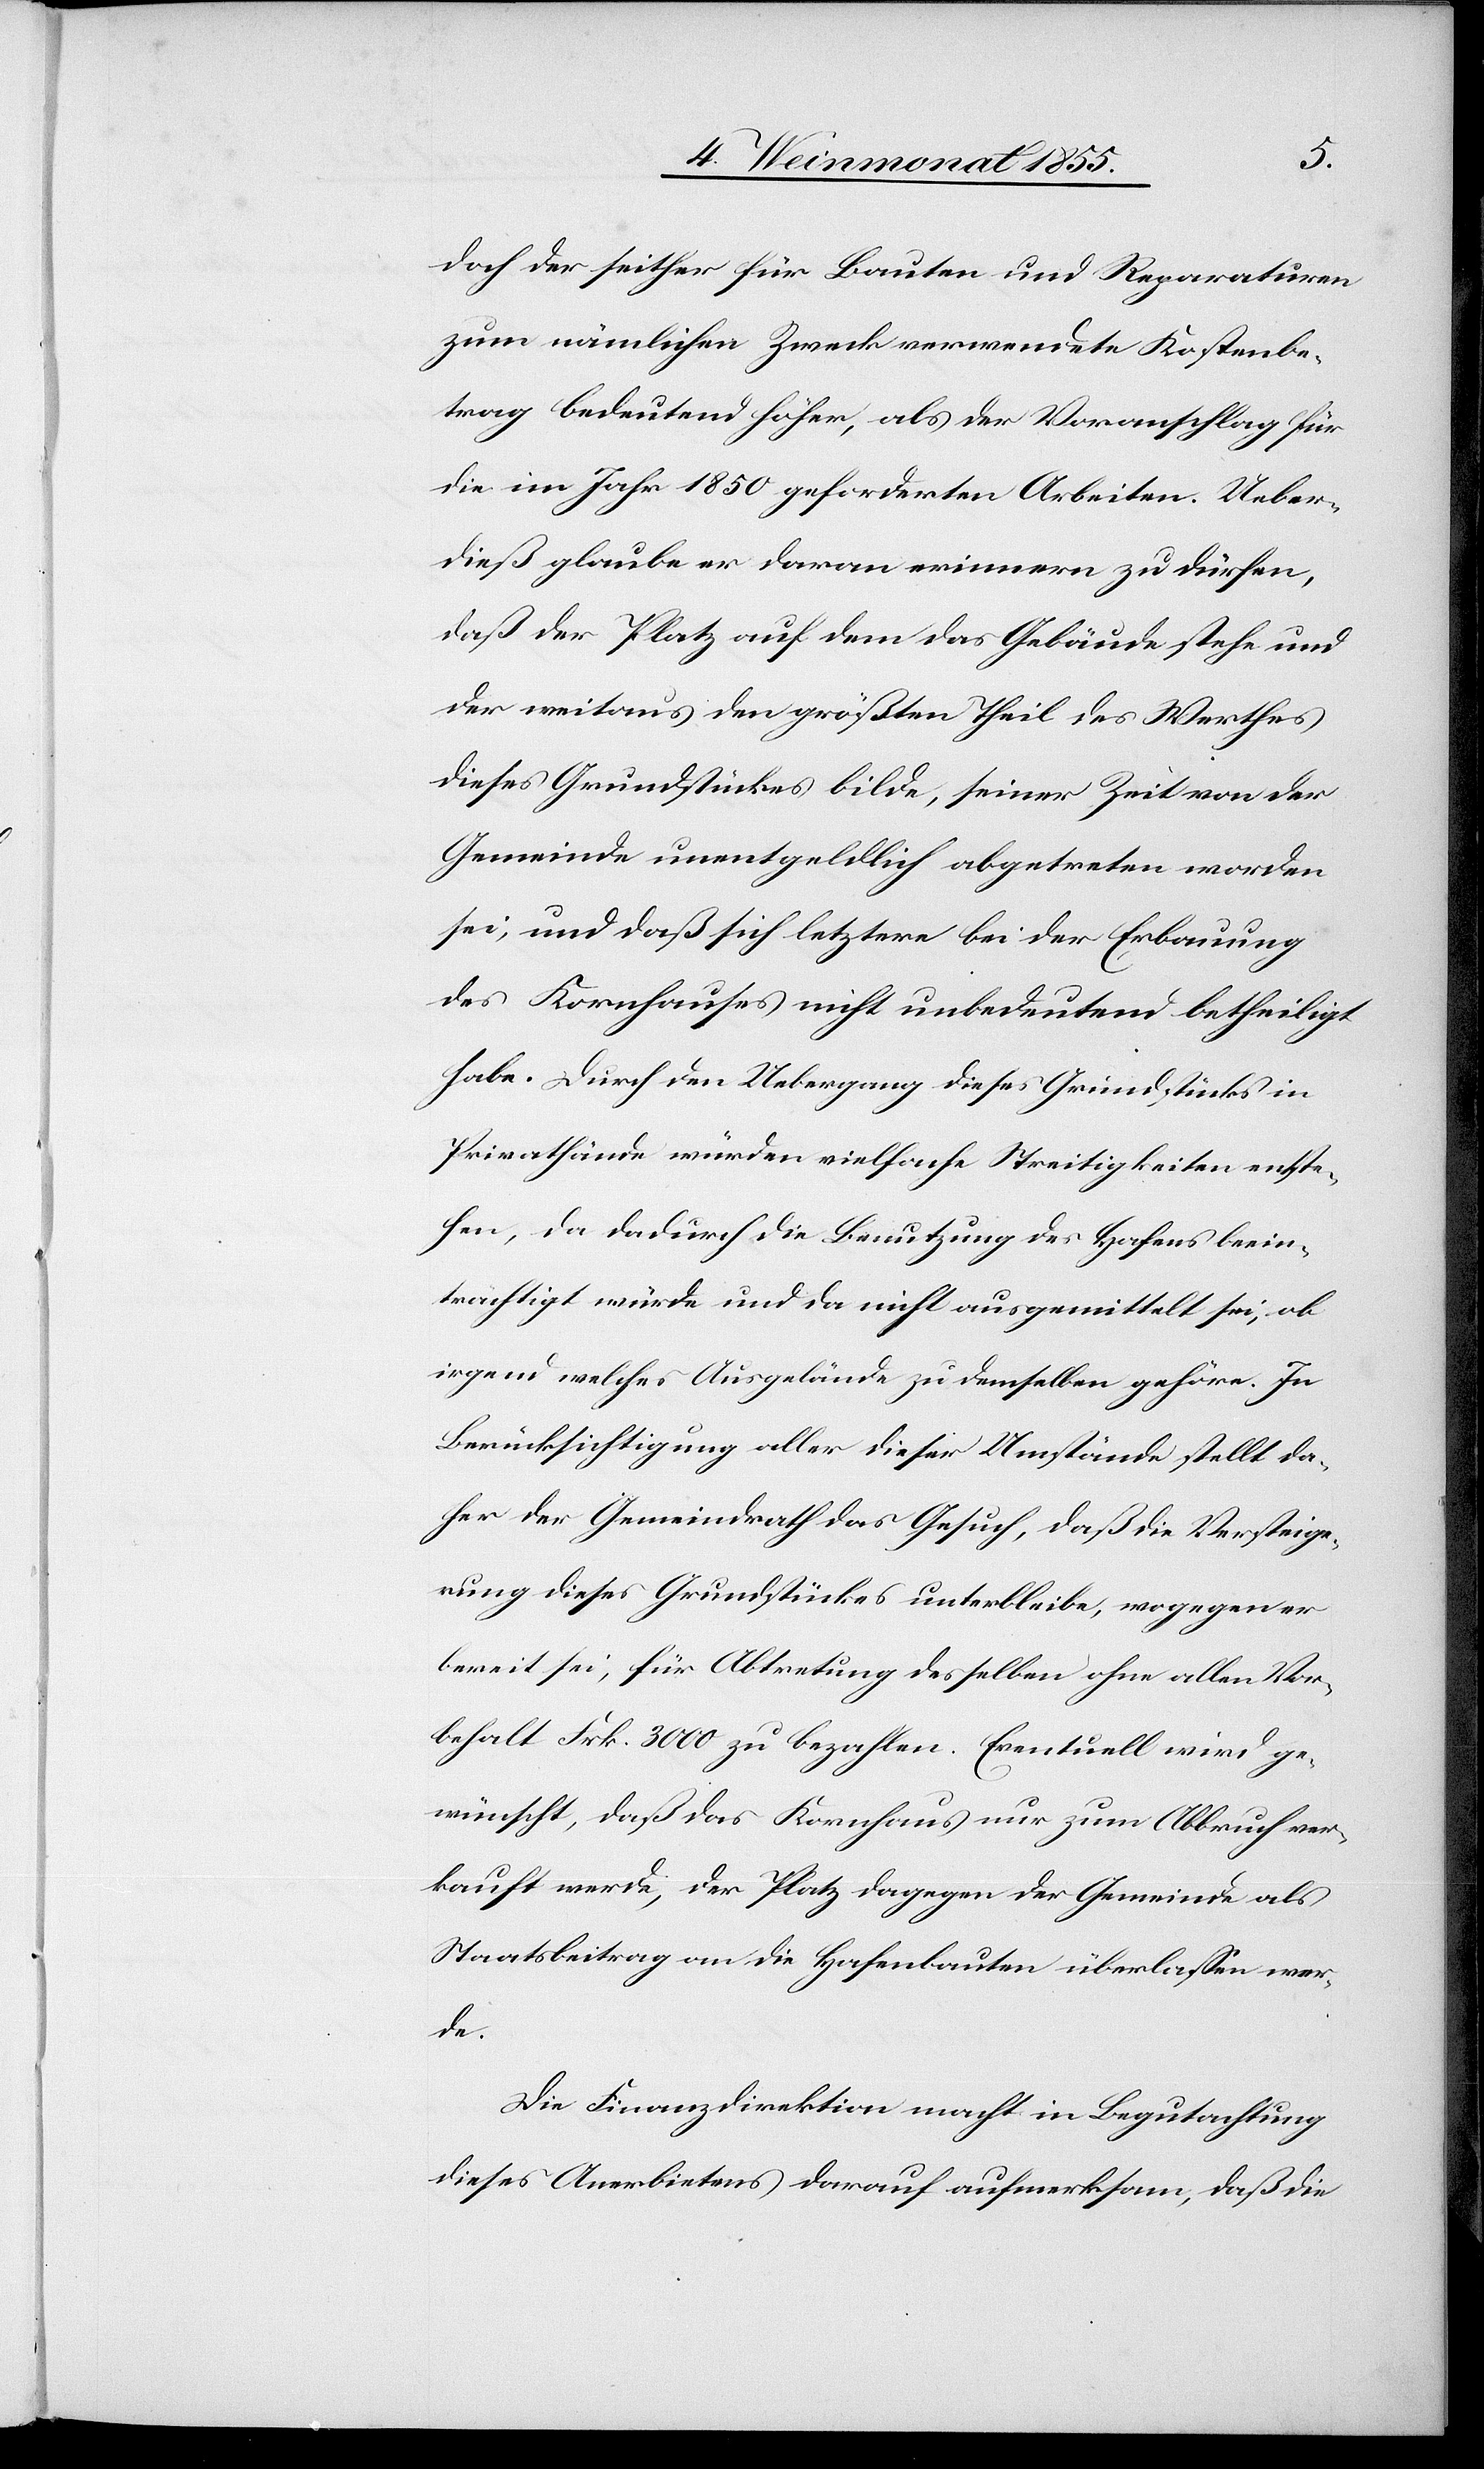
doch der seither für Bauten und Reparaturen
zum nämlichen Zweck verwendete Kostenbe¬
trag bedeutend höher, als der Voranschlag für
die im Jahr 1850 geforderten Arbeiten. Ueber¬
dieß glaube er daran erinnern zu dürfen,
daß der Platz auf dem das Gebäude stehe und
der weitaus den größten Theil des Werthes
dieses Grundstückes bilde, seiner Zeit von der
Gemeinde unentgeldlich abgetreten worden
sei, und daß sich letztere bei der Erbauung
des Kornhauses nicht unbedeutend betheiligt
habe. Durch den Uebergang dieses Grundstücks in
Privathände würden vielfache Streitigkeiten entste¬
hen, da dadurch die Benutzung des Hafens beein¬
trächtigt würde und da nicht ausgemittelt sei, ob
irgend welches Ausgelände zu demselben gehöre. In
Berücksichtigung aller dieser Umstände stellt da¬
her der Gemeindrath das Gesuch, daß die Versteige¬
rung dieses Grundstückes unterbleibe, wogegen er
bereit sei, für Abtretung desselben ohne allen Vor¬
behalt Frk. 3000 zu bezahlen. Eventuell wird ge¬
wünscht, daß das Kornhaus nur zum Abbruch ver¬
kauft werde, der Platz dagegen der Gemeinde als
Staatsbeitrag an die Hafenbauten überlassen wer¬
de.
Die Finanzdirektion macht in Begutachtung
dieses Anerbietens darauf aufmerksam, daß die